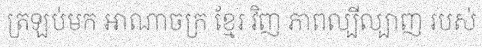
ត្រឡប់មក អាណាចក្រ ខ្មែរ វិញ ភាពល្បីល្បាញ របស់